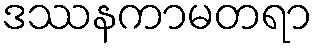
ဒဿနကာမတရာ